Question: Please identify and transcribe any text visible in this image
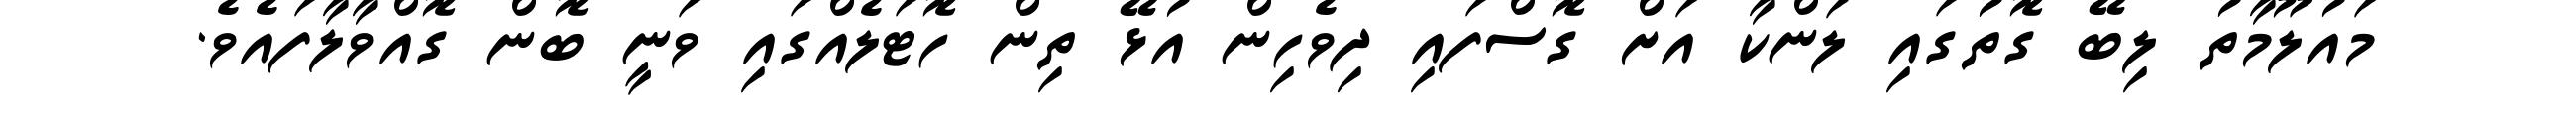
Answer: މައުލޫމާތު ލިބޭ ގޮތުގައި ލަންކާ އަށް ގޮސްފައި ދިވެހިން އުޅޭ ތިން ހޮޓަލެއްގައި ވަނީ ބޮން ގޮއްވާލާފައެވެ.